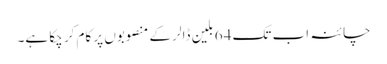
چائنہ اب تک 64 بلین ڈالر کے منصوبوں پر کام کر چکا ہے۔